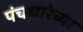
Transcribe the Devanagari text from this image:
पंचधारेच्या